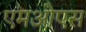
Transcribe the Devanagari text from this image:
एमओएस